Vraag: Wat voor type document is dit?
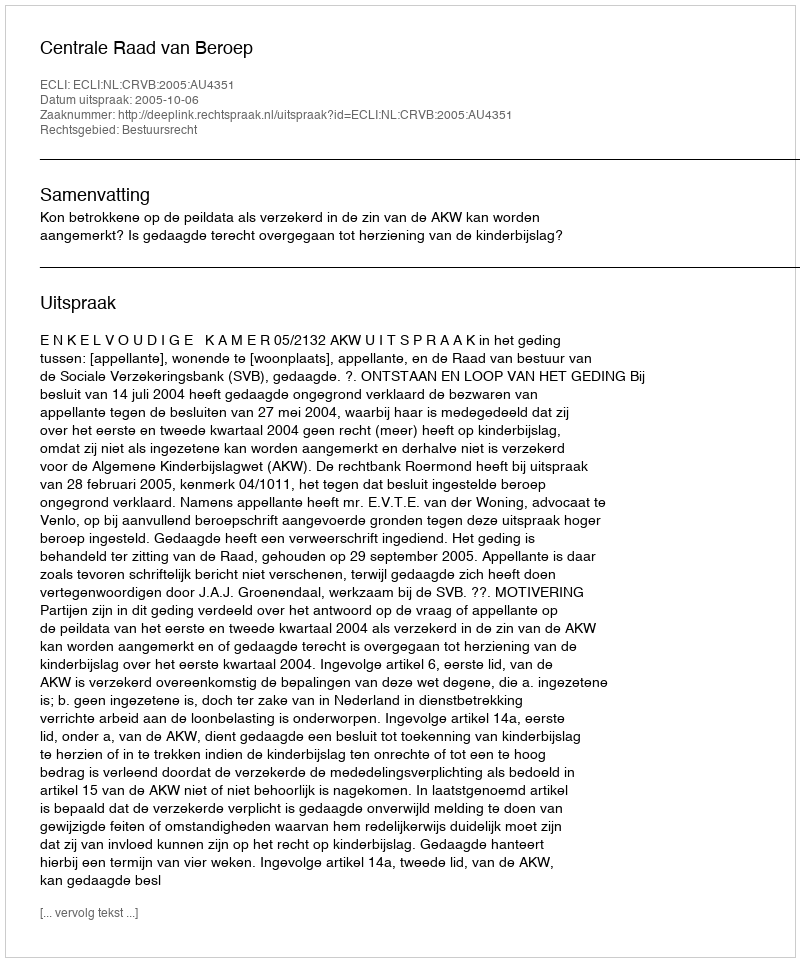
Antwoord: Uitspraak